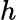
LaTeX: \textit{h}